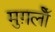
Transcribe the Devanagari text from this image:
मुग़लोँ